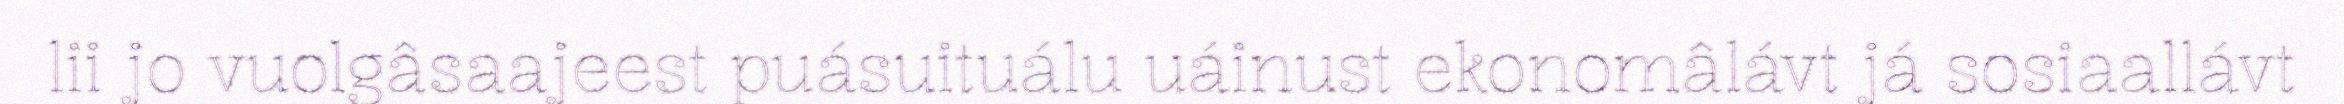
lii jo vuolgâsaajeest puásuituálu uáinust ekonomâlávt já sosiaallávt